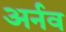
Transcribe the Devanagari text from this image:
अर्नव